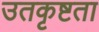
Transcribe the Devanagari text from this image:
उतकृष्टता